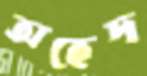
অহেদ